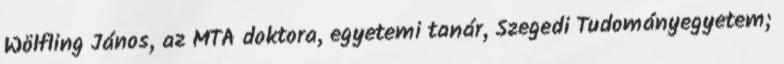
Wölfling János, az MTA doktora, egyetemi tanár, Szegedi Tudományegyetem;